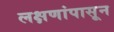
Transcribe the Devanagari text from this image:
लक्षणांपासून